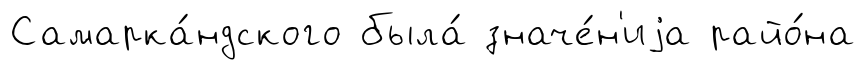
Самарка́ндского была́ значе́н'иjа райо́на